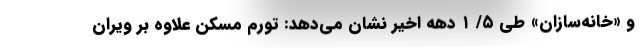
و «خانه‌سازان» طی ۵/ ۱ دهه اخیر نشان می‌دهد: تورم مسکن علاوه بر ویران